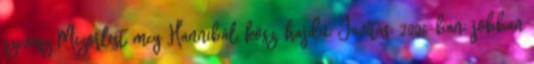
szevasz Mizorlist, meg Hannibál, kösz. hajdú: Javítás: 2006-ban: jobban